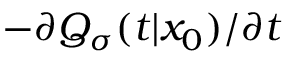
- \partial Q _ { \sigma } ( t | x _ { 0 } ) / \partial t